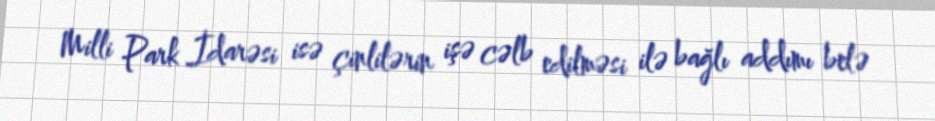
Milli Park İdarəsi isə çinlilərin işə cəlb edilməsi ilə bağlı addımı belə